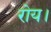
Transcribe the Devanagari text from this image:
रोय।